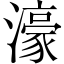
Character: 濠